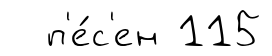
п'е́с'ен 115